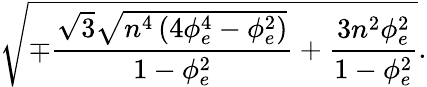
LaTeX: \sqrt{\mp\frac{\sqrt{3}\sqrt{n^{4}\left(4\phi_{e}^{4}-\phi_{e}^{2}\right)}}{1-\phi_{e}^{2}}+\frac{3n^{2}\phi_{e}^{2}}{1-\phi_{e}^{2}}}.